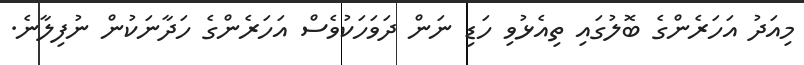
މިއަދު އަހަރެންގެ ބޮލުގައި ތިއެޅުވި ހަޑި ނަން ދަވަހަކުވެސް އަހަރެންގެ ހަދާނަކުން ނުފިލާނެ.